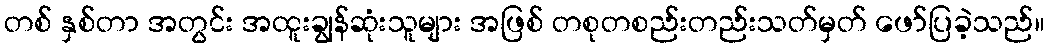
တစ် နှစ်တာ အတွင်း အထူးချွန်ဆုံးသူများ အဖြစ် တစုတစည်းတည်းသတ်မှတ် ဖော်ပြခဲ့သည်။